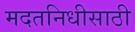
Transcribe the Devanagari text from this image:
मदतनिधीसाठी